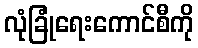
လုံခြုံရေးကောင်စီကို